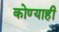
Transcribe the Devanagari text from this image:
कोण्याही